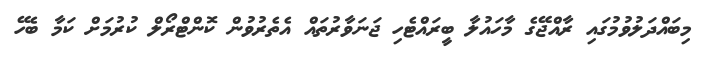
މިބައްދަލުވުމުގައި ރާއްޖޭގެ މާހައުލާ ބީރައްޓެހި ޖަނަވާރުތައް އެތެރުވުން ކޮންޓްރޯލް ކުރުމަށް ކަމާ ބެހޭ